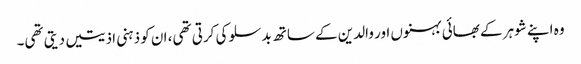
وہ اپنے شوہر کے بھائی بہنوں اور والدین کے ساتھ بدسلوکی کرتی تھی، ان کو ذہنی اذیتیں دیتی تھی۔